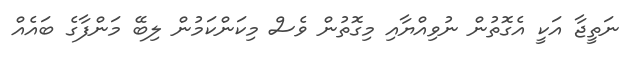
ނަތީޖާ އަކީ އެގޮތުން ނުވިއްޔާއި މިގޮތުން ވެސް މިކަންކަމުން ލިބޭ މަންފާގެ ބައެއް